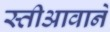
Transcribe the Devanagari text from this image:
स्तीआवाने